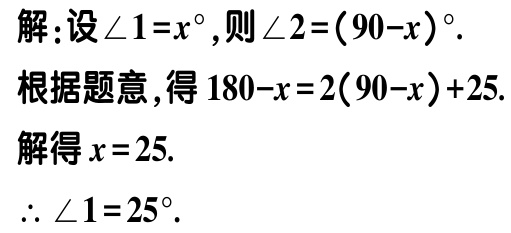
解：设\(\angle 1 = x^{\circ}\)，则\(\angle 2=(90 - x)^{\circ}\).

根据题意，得\(180 - x = 2(90 - x)+25\).

解得\(x = 25\).

\(\therefore \angle 1 = 25^{\circ}\).